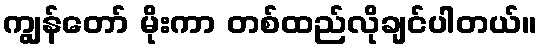
ကျွန်တော် မိုးကာ တစ်ထည်လိုချင်ပါတယ်။